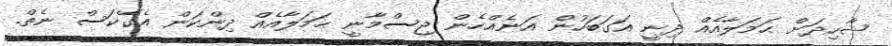
ޝާހިދަށް ޙަމަލާއެއް ދިނީ އަގަބަހުން އަނެއްހެން ޖިސްމާނީ ޙަމަލާއެއް ދިންކަން އެގޭކަސް ނެތް.